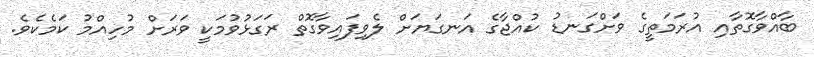
ބާއްވާގޮތާއި އުރަމަތީގެ ވަށްގަނޑު ކުއްޖާގެ އަނގަޔަށް ލެވިފައިވާގޮތް ރަގަޅުވުމަކީ ވަރަށް މުހިއްމު ކަމެކެވެ.